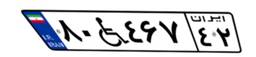
۸۰W۴۶۷۴۲